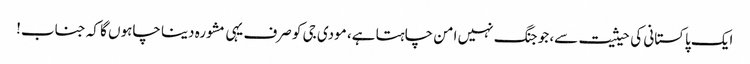
ایک پاکستانی کی حیثیت سے، جو جنگ نہیں امن چاہتا ہے، مودی جی کو صرف یہی مشورہ دینا چاہوں گا کہ جناب!